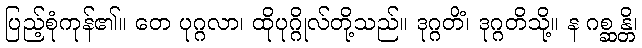
ပြည့်စုံကုန်၏။ တေ ပုဂ္ဂလာ၊ ထိုပုဂ္ဂိုလ်တို့သည်။ ဒုဂ္ဂတိံ၊ ဒုဂ္ဂတိသို့။ န ဂစ္ဆန္တိ၊